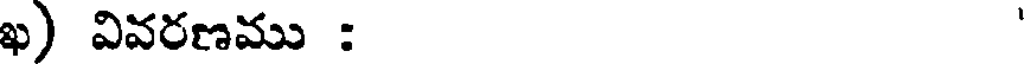
ఖ) వివరణము :